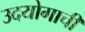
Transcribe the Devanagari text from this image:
उदयोगाची